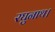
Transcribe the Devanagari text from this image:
रघुनाथ।